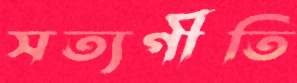
সত্যগীতি